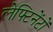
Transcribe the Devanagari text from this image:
लेफ्टिनेंटों